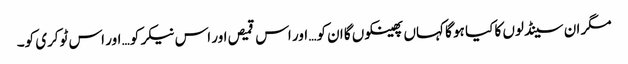
مگر ان سینڈلوں کا کیا ہو گا کہاں پھینکوں گا ان کو… اور اس قمیص اور اس نیکر کو… اور اس ٹوکری کو۔